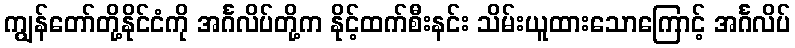
ကျွန်တော်တို့နိုင်ငံကို အင်္ဂလိပ်တို့က နိုင့်ထက်စီးနင်း သိမ်းယူထားသောကြောင့် အင်္ဂလိပ်